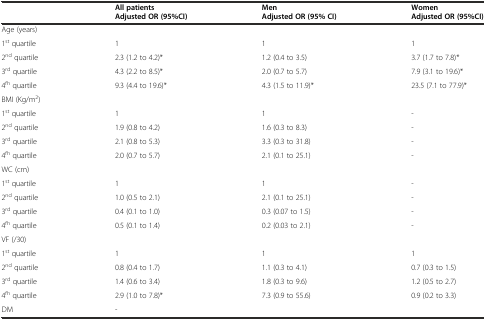
|  | All patients Adjusted OR (95%CI) | Men Adjusted OR (95% CI) | Women Adjusted OR (95%CI) |
 | --- | --- | --- | --- |
 | Age (years) |  |  |  |
 | 1st quartile | 1 | 1 | 1 |
 | 2nd quartile | 2.3 (1.2 to 4.2)* | 1.2 (0.4 to 3.5) | 3.7 (1.7 to 7.8)* |
 | 3rd quartile | 4.3 (2.2 to 8.5)* | 2.0 (0.7 to 5.7) | 7.9 (3.1 to 19.6)* |
 | 4fh quartile | 9.3 (4.4 to 19.6)* | 4.3 (1.5 to 11.9)* | 23.5 (7.1 to 77.9)* |
 | BMI (Kg/m2) |  |  |  |
 | 1st quartile | 1 | 1 | - |
 | 2nd quartile | 1.9 (0.8 to 4.2) | 1.6 (0.3 to 8.3) | - |
 | 3rd quartile | 2.1 (0.8 to 5.3) | 3.3 (0.3 to 31.8) | - |
 | 4fh quartile | 2.0 (0.7 to 5.7) | 2.1 (0.1 to 25.1) | - |
 | WC (cm) |  |  |  |
 | 1st quartile | 1 | 1 | - |
 | 2nd quartile | 1.0 (0.5 to 2.1) | 2.1 (0.1 to 25.1) | - |
 | 3rd quartile | 0.4 (0.1 to 1.0) | 0.3 (0.07 to 1.5) | - |
 | 4fh quartile | 0.5 (0.1 to 1.4) | 0.2 (0.03 to 2.1) | - |
 | VF (/30) |  |  |  |
 | 1st quartile | 1 | 1 | 1 |
 | 2nd quartile | 0.8 (0.4 to 1.7) | 1.1 (0.3 to 4.1) | 0.7 (0.3 to 1.5) |
 | 3rd quartile | 1.4 (0.6 to 3.4) | 1.8 (0.3 to 9.6) | 1.2 (0.5 to 2.7) |
 | 4fh quartile | 2.9 (1.0 to 7.8)* | 7.3 (0.9 to 55.6) | 0.9 (0.2 to 3.3) |
 | DM | - |  |  |